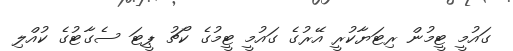
ގައުމީ ޓީމުން ރިޓަޔާކުރީ އޭރުގެ ގައުމީ ޓީމުގެ ކޯޗު ޕީޓަ ސެގާޓުގެ ކުއްލި